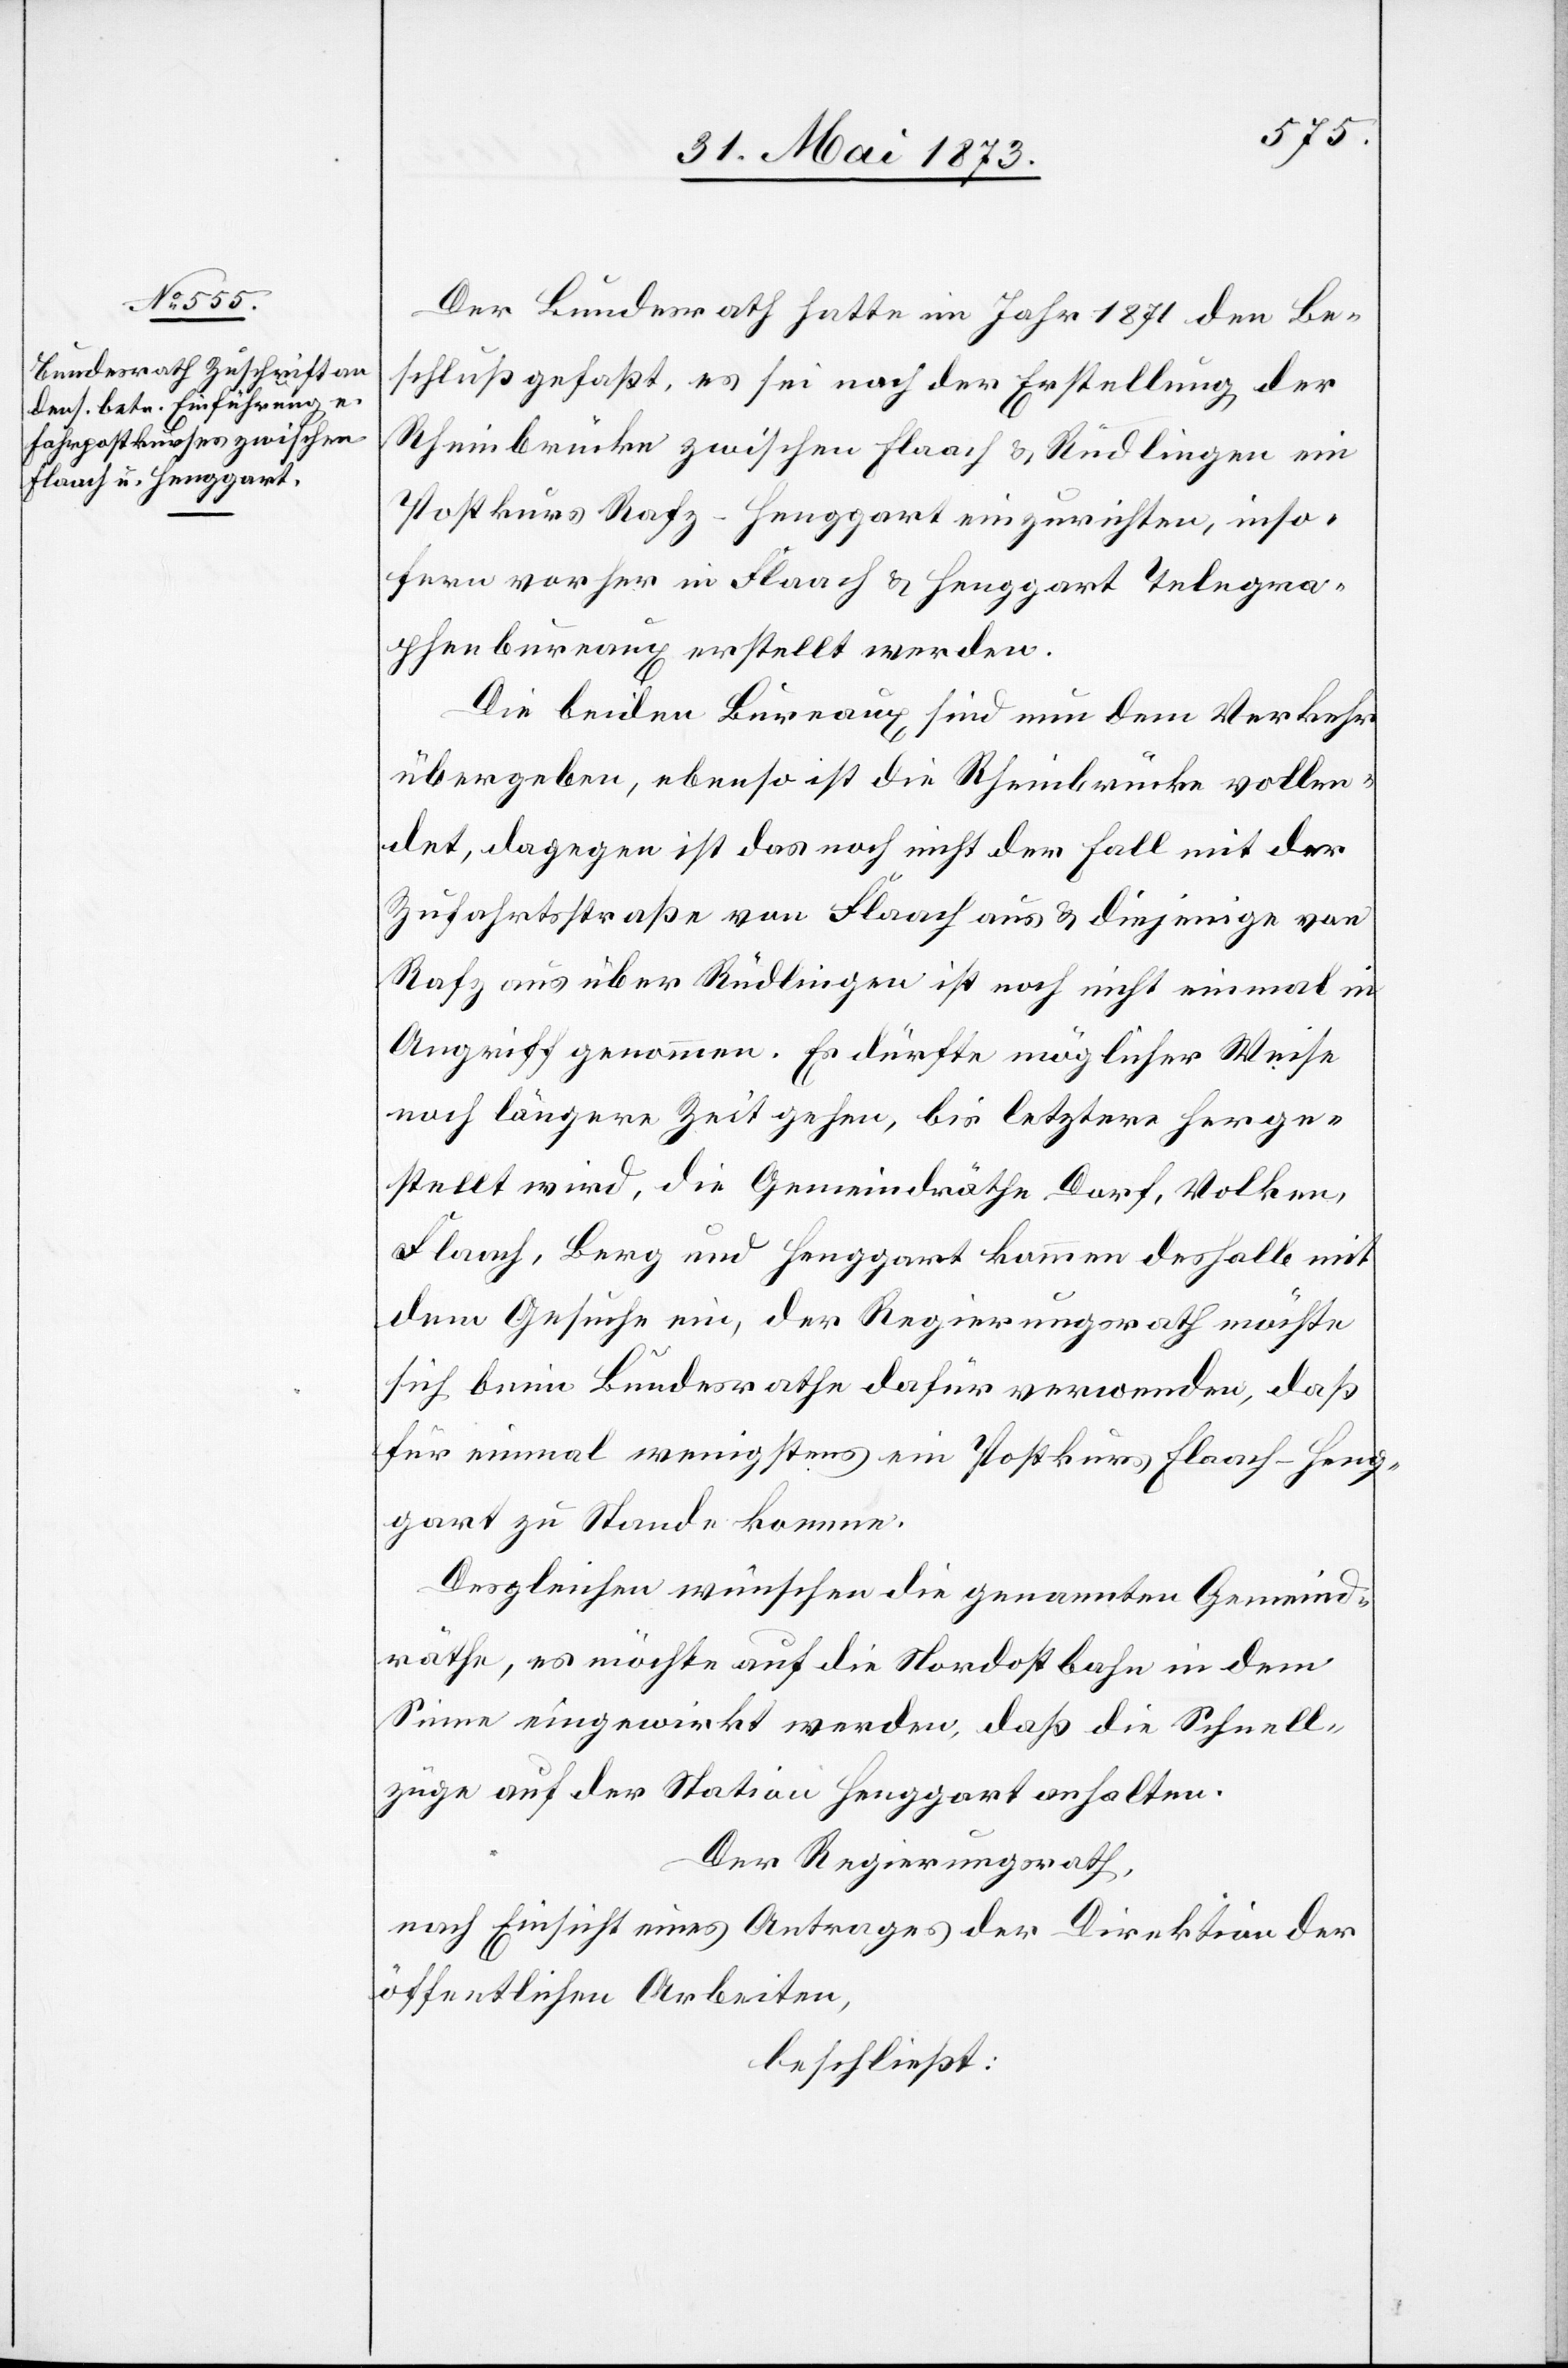
Der Bundesrath hatte im Jahr 1871 den Be¬
schluß gefaßt, es sei nach der Erstellung der
Rheinbrücke zwischen Flaach & Rüdlingen ein
Postkurs Rafz–Henggart einzurichten, inso¬
fern vorher in Flaach & Henggart Telegra¬
phenbureaux erstellt werden.
Die beiden Bureaux sind nun dem Verkehr
übergeben, ebenso ist die Rheinbrücke vollen¬
det, dagegen ist das noch nicht der Fall mit der
Zufahrtsstraße von Flaach aus & diejenige von
Rafz aus über Rüdlingen ist noch nicht einmal in
Angriff genommen. Es dürfte möglicher Weise
noch längere Zeit gehen, bis letztere herge¬
stellt wird, die Gemeindräthe Dorf, Volken,
Flaach, Berg und Henggart kommen deshalb mit
dem Gesuche ein, der Regierungsrath möchte
sich beim Bundesrathe dafür verwenden, daß
für einmal wenigstens ein Postkurs Flaach–Heng¬
gart zu Stande komme.
Desgleichen wünschen die genannten Gemeind¬
räthe, es möchte auf die Nordostbahn in dem
Sinne eingewirkt werden, daß die Schnell¬
züge auf der Station Henggart anhalten.
Der Regierungsrath,
nach Einsicht eines Antrages der Direktion der
öffentlichen Arbeiten,
beschließt: